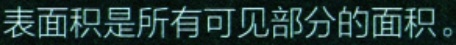
表面积是所有可见部分的面积。